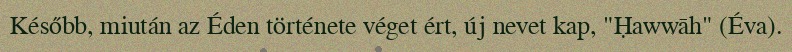
Később, miután az Éden története véget ért, új nevet kap, "Ḥawwāh" (Éva).